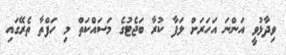
ވިދާޅުވީ އަންނަ އަހަރަށް ލަފާ ކުރާ ބަޖެޓުގެ މަސައްކަތް މި ހަފްތާ ތެރޭގައި